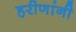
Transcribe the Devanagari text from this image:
हरीणांनी